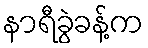
နာရီခွဲခန့်က